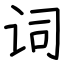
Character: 词